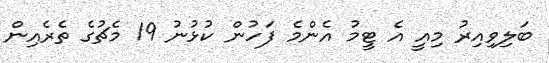
ބަލިވިއިރު މިއީ އެ ޓީމު އެންމެ ފަހުން ކުޅުނު 19 މެޗުގެ ތެރެއިން